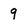
Character: 9